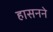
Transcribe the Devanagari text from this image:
हासनने